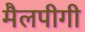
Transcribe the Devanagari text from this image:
मैलपीगी